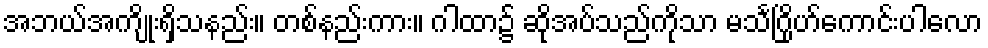
အဘယ်အကျိုးရှိသနည်း။ တစ်နည်းကား။ ဂါထာ၌ ဆိုအပ်သည်ကိုသာ မသင်္ဂြိုဟ်ကောင်းပါလော